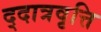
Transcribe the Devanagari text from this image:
द्दात्रवृत्ति